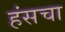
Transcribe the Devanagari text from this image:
हंसचा